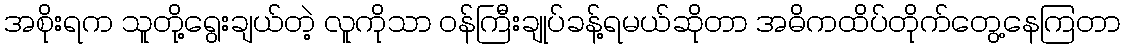
အစိုးရက သူတို့ရွေးချယ်တဲ့ လူကိုသာ ဝန်ကြီးချုပ်ခန့်ရမယ်ဆိုတာ အဓိကထိပ်တိုက်တွေ့နေကြတာ